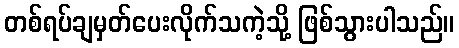
တစ်ရပ်ချမှတ်ပေးလိုက်သကဲ့သို့ ဖြစ်သွားပါသည်။